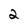
Character: 2